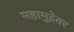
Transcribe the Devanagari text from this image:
महामुद्रेवर